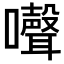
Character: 𡄔